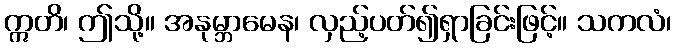
ဣတိ၊ ဤသို့။ အနုမ္ဘာမေန၊ လှည့်ပတ်၍ရှာခြင်းဖြင့်။ သကလံ၊